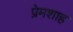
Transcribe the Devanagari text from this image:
प्रेमशाह